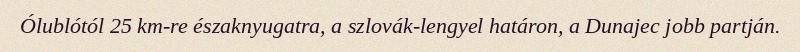
Ólublótól 25 km-re északnyugatra, a szlovák-lengyel határon, a Dunajec jobb partján.